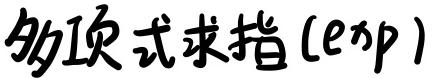
多项式求指 ($e^{xp}$)